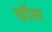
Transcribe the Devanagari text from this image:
फॉल्न